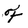
Character: F